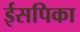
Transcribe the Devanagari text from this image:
ईसपिका